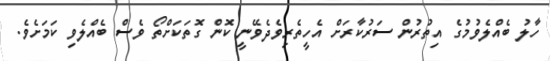
ހާލު ބެއްލެވުމުގެ އިތުރުން ސަރުކާރަށް އެހީތެރިވެދެވޭނީ ކޮން ގޮތަކަށްތޯ ވެސް ބެއްލެވި ކަމަށެވެ.